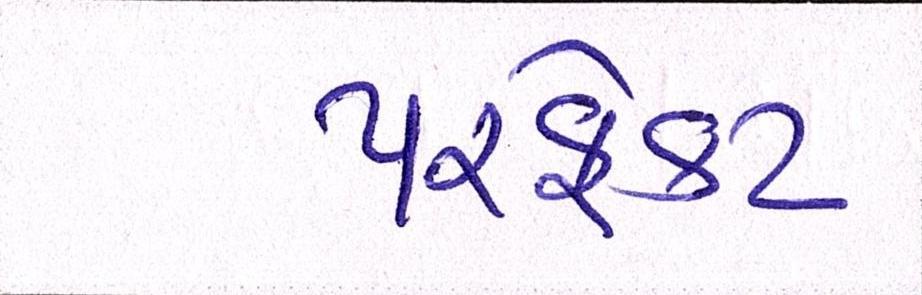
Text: પરફેક્ટ